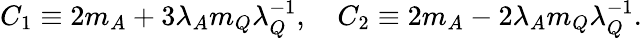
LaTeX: \displaystyle C_{1}\equiv 2m_{A}+3\lambda_{A}m_{Q}\lambda_{Q}^{-1},\quad\displaystyle C_{2}\equiv 2m_{A}-2\lambda_{A}m_{Q}\lambda_{Q}^{-1}.